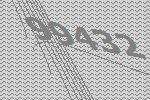
99432